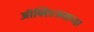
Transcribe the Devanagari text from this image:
ऑक्सिजनाच्या